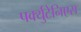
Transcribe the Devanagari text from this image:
पर्क्युटेनिएस